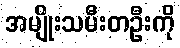
အမျိုးသမီးတဦးကို